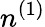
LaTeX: n^{(1)}